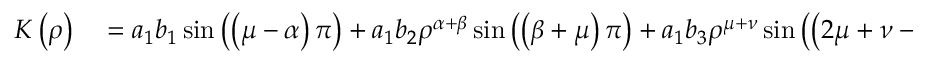
\begin{array} { r l } { K \left( \rho \right) } & { { } = a _ { 1 } b _ { 1 } \sin \left( \left( \mu - \alpha \right) \pi \right) + a _ { 1 } b _ { 2 } \rho ^ { \alpha + \beta } \sin \left( \left( \beta + \mu \right) \pi \right) + a _ { 1 } b _ { 3 } \rho ^ { \mu + \nu } \sin \left( \left( 2 \mu + \nu - \alpha \right) \pi \right) } \end{array}